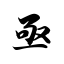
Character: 亟